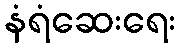
နံရံဆေးရေး